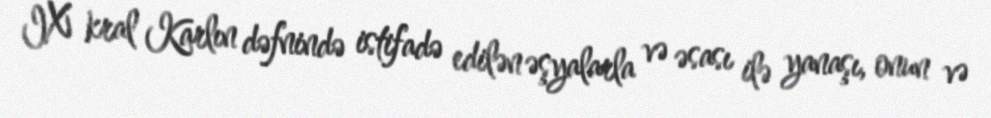
IX kral Karlın dəfnində istifadə edilən əşyalarla və əsası ilə yanaşı, onun və